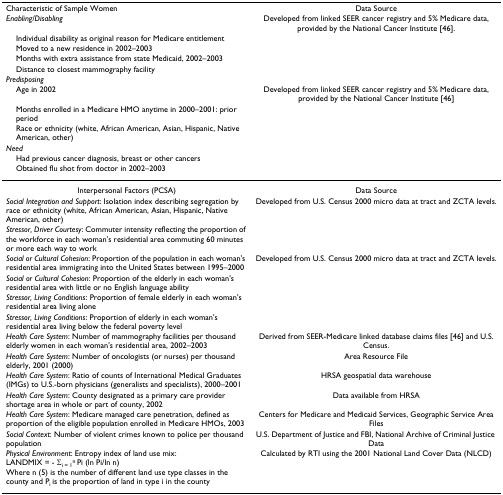
<table><thead><tr><td><b>Characteristic of Sample Women</b></td><td><b>Data Source</b></td></tr><tr><td><b><i>Enabling/Disabling</i></b></td><td><b>Developed from linked SEER cancer registry and 5% Medicare data, provided by the National Cancer Institute [46].</b></td></tr><tr><td><b> Individual disability as original reason for Medicare entitlement</b></td><td></td></tr><tr><td><b> Moved to a new residence in 2002–2003</b></td><td></td></tr><tr><td><b> Months with extra assistance from state Medicaid, 2002–2003</b></td><td></td></tr><tr><td><b> Distance to closest mammography facility</b></td><td></td></tr><tr><td><b><i>Predisposing</i></b></td><td></td></tr><tr><td><b> Age in 2002</b></td><td><b>Developed from linked SEER cancer registry and 5% Medicare data, provided by the National Cancer Institute [46]</b></td></tr><tr><td><b> Months enrolled in a Medicare HMO anytime in 2000–2001: prior period</b></td><td></td></tr><tr><td><b> Race or ethnicity (white, African American, Asian, Hispanic, Native American, other)</b></td><td></td></tr><tr><td><b><i>Need</i></b></td><td></td></tr><tr><td><b> Had previous cancer diagnosis, breast or other cancers</b></td><td></td></tr><tr><td><b> Obtained flu shot from doctor in 2002–2003</b></td><td></td></tr></thead><tbody><tr><td>Interpersonal Factors (PCSA)</td><td>Data Source</td></tr><tr><td><i>Social Integration and Support</i>: Isolation index describing segregation by race or ethnicity (white, African American, Asian, Hispanic, Native American, other)</td><td>Developed from U.S. Census 2000 micro data at tract and ZCTA levels.</td></tr><tr><td><i>Stressor, Driver Courtesy</i>: Commuter intensity reflecting the proportion of the workforce in each woman&#x27;s residential area commuting 60 minutes or more each way to work</td><td></td></tr><tr><td><i>Social or Cultural Cohesion</i>: Proportion of the population in each woman&#x27;s residential area immigrating into the United States between 1995–2000</td><td>Developed from U.S. Census 2000 micro data at tract and ZCTA levels.</td></tr><tr><td><i>Social or Cultural Cohesion</i>: Proportion of the elderly in each woman&#x27;s residential area with little or no English language ability</td><td></td></tr><tr><td><i>Stressor, Living Conditions</i>: Proportion of female elderly in each woman&#x27;s residential area living alone</td><td></td></tr><tr><td><i>Stressor, Living Conditions</i>: Proportion of elderly in each woman&#x27;s residential area living below the federal poverty level</td><td></td></tr><tr><td><i>Health Care System</i>: Number of mammography facilities per thousand elderly women in each woman&#x27;s residential area, 2002–2003</td><td>Derived from SEER-Medicare linked database claims files [46] and U.S. Census.</td></tr><tr><td><i>Health Care System</i>: Number of oncologists (or nurses) per thousand elderly, 2001 (2000)</td><td>Area Resource File</td></tr><tr><td><i>Health Care System</i>: Ratio of counts of International Medical Graduates (IMGs) to U.S.-born physicians (generalists and specialists), 2000–2001</td><td>HRSA geospatial data warehouse</td></tr><tr><td><i>Health Care System</i>: County designated as a primary care provider shortage area in whole or part of county, 2002</td><td>Data available from HRSA</td></tr><tr><td><i>Health Care System</i>: Medicare managed care penetration, defined as proportion of the eligible population enrolled in Medicare HMOs, 2003</td><td>Centers for Medicare and Medicaid Services, Geographic Service Area Files</td></tr><tr><td><i>Social Context</i>: Number of violent crimes known to police per thousand population</td><td>U.S. Department of Justice and FBI, National Archive of Criminal Justice Data</td></tr><tr><td><i>Physical Environment</i>: Entropy index of land use mix:LANDMIX = - Σ<sub>i = 1</sub><sup>n </sup>Pi (ln Pi/ln n)Where n (5) is the number of different land use type classes in the county and P<sub>i </sub>is the proportion of land in type i in the county</td><td>Calculated by RTI using the 2001 National Land Cover Data (NLCD)</td></tr></tbody></table>